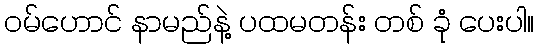
ဝမ်ဟောင် နာမည်နဲ့ ပထမတန်း တစ် ခုံ ပေးပါ။